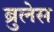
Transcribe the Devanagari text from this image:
ब्रुलेस